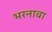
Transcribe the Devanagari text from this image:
भरनावा